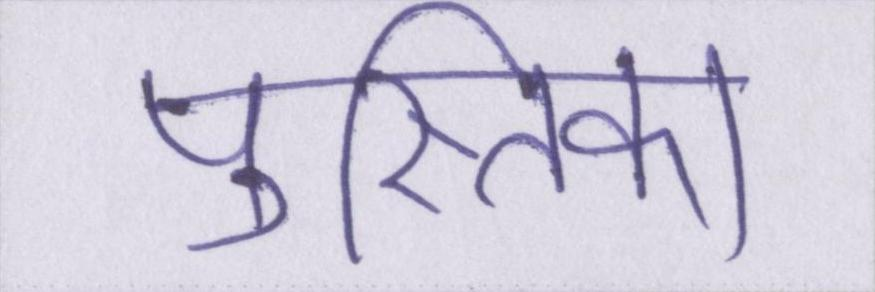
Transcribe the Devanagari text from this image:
पुस्तिका